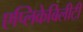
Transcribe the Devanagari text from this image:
एप्लिकेबिलीटी